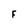
Character: F